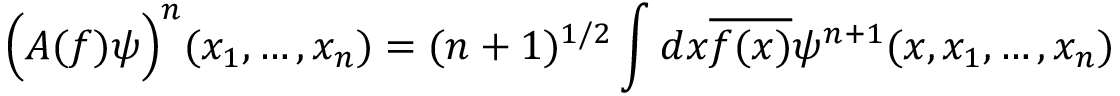
\Big ( A ( f ) \psi \Big ) ^ { n } ( x _ { 1 } , \ldots , x _ { n } ) = ( n + 1 ) ^ { 1 / 2 } \int d x \overline { { { f ( x ) } } } \psi ^ { n + 1 } ( x , x _ { 1 } , \ldots , x _ { n } )